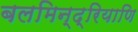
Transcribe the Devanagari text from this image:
बलमिन्द्रियाणि